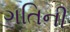
ગતિની